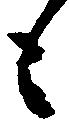
も